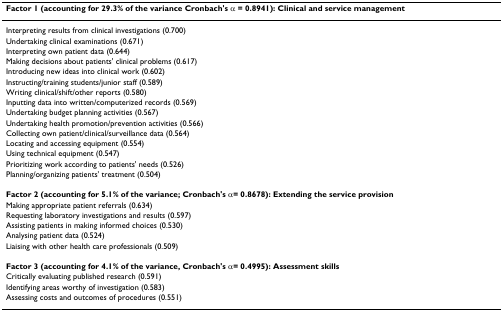
<table><thead><tr><td><b>Factor 1 (accounting for 29.3% of the variance Cronbach&#x27;s α = 0.8941): Clinical and service management</b></td></tr></thead><tbody><tr><td>Interpreting results from clinical investigations (0.700)</td></tr><tr><td>Undertaking clinical examinations (0.671)</td></tr><tr><td>Interpreting own patient data (0.644)</td></tr><tr><td>Making decisions about patients&#x27; clinical problems (0.617)</td></tr><tr><td>Introducing new ideas into clinical work (0.602)</td></tr><tr><td>Instructing/training students/junior staff (0.589)</td></tr><tr><td>Writing clinical/shift/other reports (0.580)</td></tr><tr><td>Inputting data into written/computerized records (0.569)</td></tr><tr><td>Undertaking budget planning activities (0.567)</td></tr><tr><td>Undertaking health promotion/prevention activities (0.566)</td></tr><tr><td>Collecting own patient/clinical/surveillance data (0.564)</td></tr><tr><td>Locating and accessing equipment (0.554)</td></tr><tr><td>Using technical equipment (0.547)</td></tr><tr><td>Prioritizing work according to patients&#x27; needs (0.526)</td></tr><tr><td>Planning/organizing patients&#x27; treatment (0.504)</td></tr><tr><td><b>Factor 2 (accounting for 5.1% of the variance; Cronbach&#x27;s α= 0.8678): Extending the service provision</b></td></tr><tr><td>Making appropriate patient referrals (0.634)</td></tr><tr><td>Requesting laboratory investigations and results (0.597)</td></tr><tr><td>Assisting patients in making informed choices (0.530)</td></tr><tr><td>Analysing patient data (0.524)</td></tr><tr><td>Liaising with other health care professionals (0.509)</td></tr><tr><td><b>Factor 3 (accounting for 4.1% of the variance, Cronbach&#x27;s α= 0.4995): Assessment skills</b></td></tr><tr><td>Critically evaluating published research (0.591)</td></tr><tr><td>Identifying areas worthy of investigation (0.583)</td></tr><tr><td>Assessing costs and outcomes of procedures (0.551)</td></tr></tbody></table>